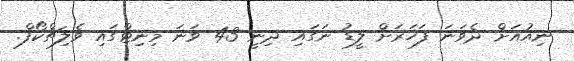
ނިއުއަށް ދެވަނަ ފަހަރަށް ލީޑު ނަގައި ދިނީ 43 ވަނަ މިނިޓްގައި ވެލިޗްކޯފް.